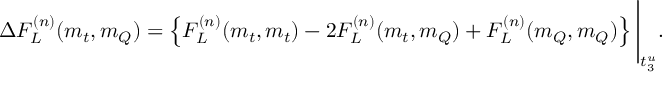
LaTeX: \Delta F _ { L } ^ { ( n ) } ( m _ { t } , m _ { Q } ) = \left\{ F _ { L } ^ { ( n ) } ( m _ { t } , m _ { t } ) - 2 F _ { L } ^ { ( n ) } ( m _ { t } , m _ { Q } ) + F _ { L } ^ { ( n ) } ( m _ { Q } , m _ { Q } ) \right\} \Bigg \vert _ { t _ { 3 } ^ { u } } .